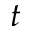
t